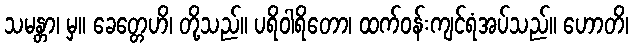
သမန္တာ၊ မှ။ ခေတ္တေဟိ၊ တို့သည်။ ပရိဝါရိတော၊ ထက်ဝန်းကျင်ရံအပ်သည်။ ဟောတိ၊